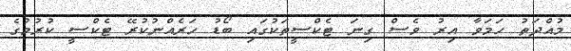
މުއްދަތު ހަމަވާ އިރު ވެސް ގިނަ ޓެކްސީތަކުގައި ބޯޑު ހަރެއްނުކުރޭ ޓެކްސީ ކުރުމުގެ